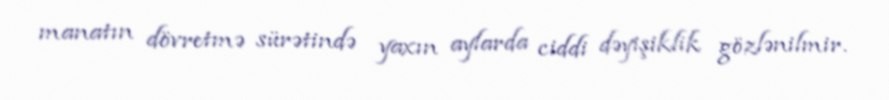
manatın dövretmə sürətində yaxın aylarda ciddi dəyişiklik gözlənilmir.